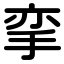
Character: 挛